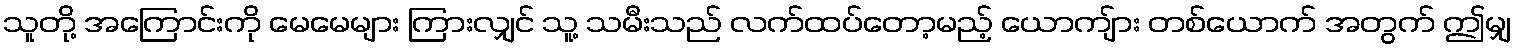
သူတို့ အကြောင်းကို မေမေများ ကြားလျှင် သူ့ သမီးသည် လက်ထပ်တော့မည့် ယောကျ်ား တစ်ယောက် အတွက် ဤမျှ